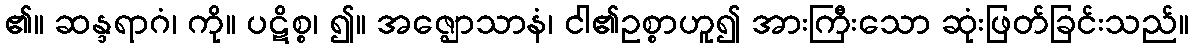
၏။ ဆန္ဒရာဂံ၊ ကို။ ပဋိစ္စ၊ ၍။ အဇ္ဈောသာနံ၊ ငါ၏ဥစ္စာဟူ၍ အားကြီးသော ဆုံးဖြတ်ခြင်းသည်။